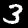
Label: 3